Annual administration and progress report of the Indian Medical Department, Bombay
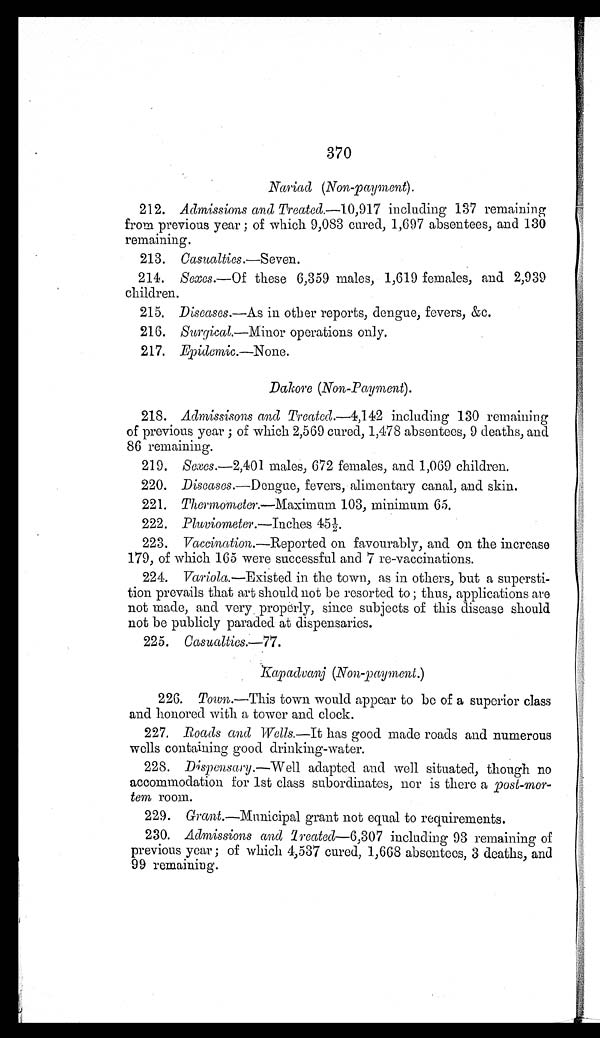
370
Nariad (Non-payment).
212. Admissions and Treated.—10,917 including 137 remaining
from previous year ; of which 9,083 cured, 1,697 absentees, and 130
remaining.
213. Casualties.—Seven.
214. Sexes.– Of these 6,359 males, 1,619 females, and 2,939
children.
215. Diseases.—As in other reports, dengue, fevers, &c.
216. Surgical.—Minor operations only.
217. Epidemic.—None.
Dakore (Non-Payment).
218. Admissisons and Treated.—4,142 including 130 remaining
of previous year ; of which 2,569 cured, 1,478 absentees, 9 deaths, and
86 remaining.
219. Sexes.—2,401 males, 672 females, and 1,069 children.
220. Diseases.—Dengue, fevers, alimentary canal, and skin.
221. Thermometer.—Maximum 103, minimum 65.
222. Pluviometer.—Inches 45½.
223. Vaccination.— Reported on favourably, and on the increase
179, of which 165 were successful and 7 re-vaccinations.
224. Variola.—Existed in the town, as in others, but a supersti
- t i o n p r e v a i l s t h a t a r t s h o u l d n o t b e r e s o r t e d t o ; t h u s , a p p l i c a t i o n s a r e
not made, and very properly, since subjects of this disease should
not be publicly paraded at dispensaries.
225. Casualties.—77.
Kapadvanj (Non-payment.)
226.
Town.—This town would appear to be of a superior class
and honored with a tower and clock.
227. Roads and Wells .—It has good made roads and numerous
wells containing good drinking-water.
228. Dispensary.—Well adapted and well situated, though no
accommodation for 1st class subordinates, nor is there a post-mor
- t e m
r o o m .
229. Grant .—Municipal grant not equal to requirements.
230. Admissions and Treated— 6,307 including 93 remaining of
previous year ; of which 4,537 cured, 1,668 absentees, 3 deaths, and
99 remaining.